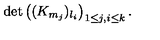
\det \left( ( K _ { m _ { j } } ) _ { l _ { i } } \right) _ { 1 \le j , i \le k } .